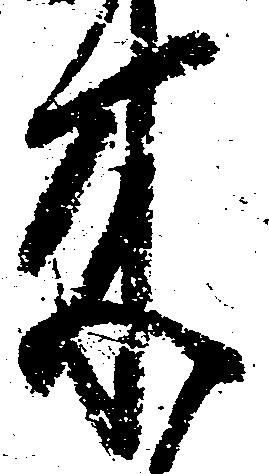
来